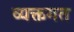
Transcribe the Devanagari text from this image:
व्यक्तगत